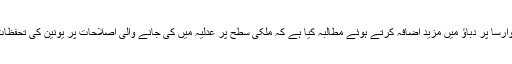
تاہم بدھ کے دن یورپی کمیشن نے وارسا پر دباؤ میں مزید اضافہ کرتے ہوئے مطالبہ کیا ہے کہ ملکی سطح پر عدلیہ میں کی جانے والی اصلاحات پر یونین کی تحفظات کو فوری طور پر دور کیا جائے۔